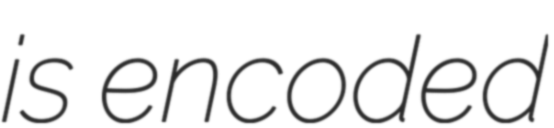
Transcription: is encoded